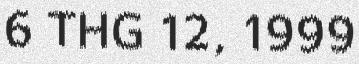
6 THG 12, 1999